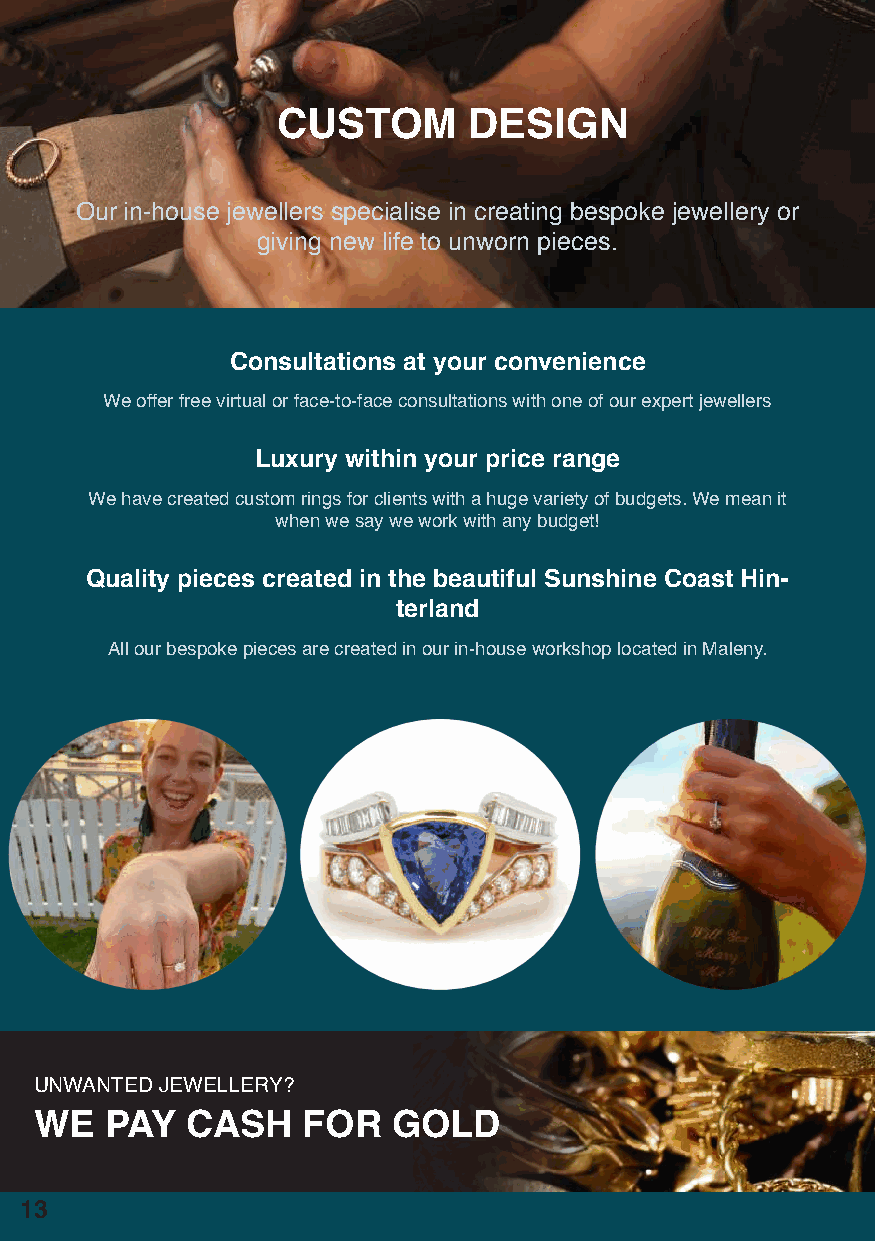
CUSTOM       DESIGN
 Our in-house jewellers specialise in creating bespoke jewellery or
 giving new life to unworn pieces.
 Consultations at your convenience
 We offer free virtual or face-to-face consultations with one of our expert jewellers
 Luxury within your price range
 We have created custom rings for clients with a huge variety of budgets. We mean it
 when we say we work with any budget!
 Quality pieces created in the beautiful Sunshine Coast Hin-
 terland
 All our bespoke pieces are created in our in-house workshop located in Maleny.
 UNWANTED JEWELLERY?
 WE   PAY  CASH    FOR   GOLD
 13